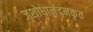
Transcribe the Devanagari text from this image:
जशोधानंदनकृत